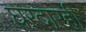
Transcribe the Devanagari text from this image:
घरदारही